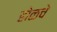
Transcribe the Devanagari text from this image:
होळचे